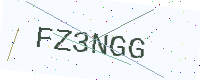
Text: FZ3NGG